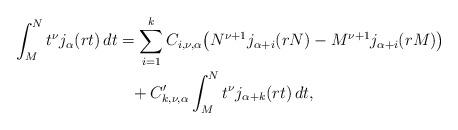
LaTeX: \begin{align*}\int_M^N t^\nu j_\alpha(rt)\, dt & = \sum_{i=1}^kC_{i,\nu,\alpha}\big( N^{\nu+1}j_{\alpha+i}(rN)-M^{\nu+1}j_{\alpha+i}(rM)\big) \\&\phantom{=} + C'_{k,\nu,\alpha}\int_M^N t^\nu j_{\alpha+k}(rt)\, dt,\end{align*}